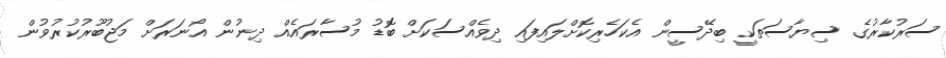
ސަރުކާރުގެ ސިޔާސަތަކީ ބިދޭސީން އެކަހެރިކޮށްލައިފައި ދިވެއްސަކަށް ބޮޑު މުސާރައެއް ދިނުން އޯނަރަށް މަޖުބޫރުކުރުވުން